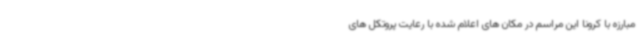
مبارزه با کرونا این مراسم در مکان های اعلام شده با رعایت پروتکل های